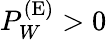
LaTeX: P_{W}^{(\mathrm{{E}})}>0